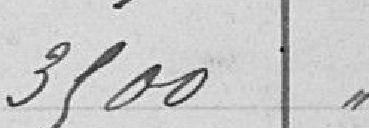
3 500